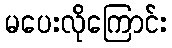
မပေးလိုကြောင်း